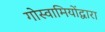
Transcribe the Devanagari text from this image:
गोस्वामियोंद्वारा